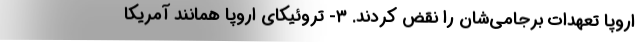
اروپا تعهدات برجامی‌شان را نقض کردند. ۳- تروئیکای اروپا همانند آمریکا